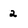
Character: 2